Report on sanitation, dispensaries, and jails in Rajputana for 1918, and on vaccination for the year 1918-1919 - 1918-1919
Year: 1918
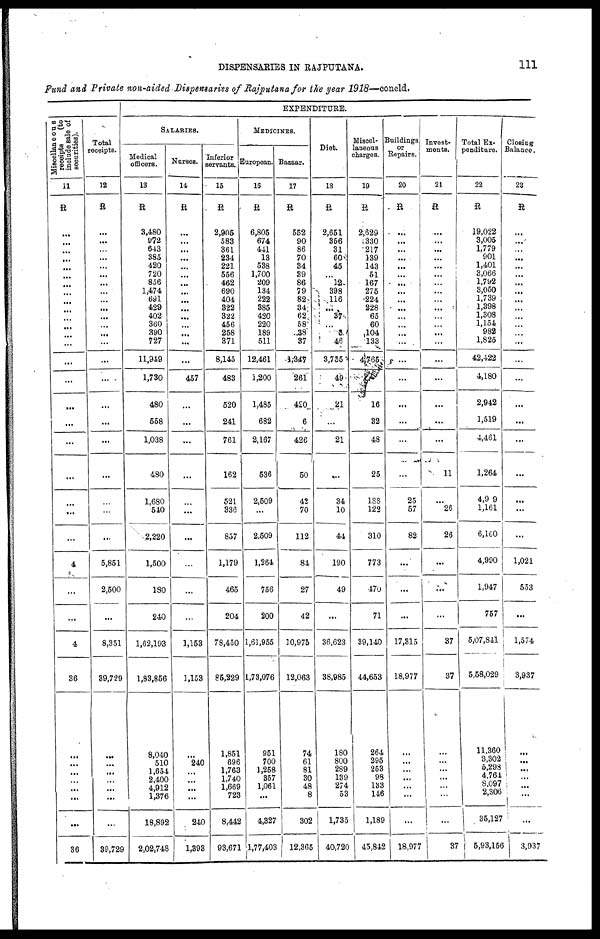
DISPENSARIES IN RAJPUTANA.
111
Fund and Private non-aided Dispensaries of Rajputana for the year 1918—concld.
Miscellaneous
receipts
(to
include sale of
securities).
11
R
...
...
...
...
...
...
...
...
...
...
...
...
...
...
...
...
...
...
...
...
...
...
...
4
...
...
4
36
...
...
...
...
...
...
...
36
Total
receipts.
12
R
...
...
...
...
...
...
...
...
...
...
...
...
...
...
...
...
...
...
...
...
...
...
...
5,851
2,500
...
8,351
39,729
...
...
...
...
...
...
...
39,729
EXPENDITURE.
SALARIES.
Medical
officers.
13
R
3,480
972
643
385
420
720
856
1,474
691
429
402
360
390
727
11,949
1,730
480
558
1,038
480
1,680
540
2,220
1,500
180
240
1,62,193
1,83,856
8,040
510
1,654
2,400
4,912
1,376
18,892
2,02,748
Nurses.
14
R
...
...
...
...
...
...
...
...
...
...
...
...
...
...
...
457
...
...
...
...
...
...
...
...
...
...
1,153
1,153
...
240
...
...
...
...
240
1,393
Inferior
servants.
15
R
2,905
583
361
234
221
556
462
690
404
322
322
456
258
371
8,145
483
520
241
761
162
521
336
857
1,179
465
204
78,450
85,229
1,851
696
1,763
1,740
1,669
723
8,442
93,671
MEDICINES.
European.
16
R
6,805
674
441
13
538
1,700
209
134
222
385
420
220
189
511
12,461
1,200
1,485
682
2,167
536
2,509
...
2,509
1,264
756
200
1,61,955
1,73,076
951
700
1,258
357
1,061
...
4,327
1,77,403
Bazaar.
17
R
552
90
86
70
34
39
86
79
82
34
62
58
38
37
1,347
261
420
6
426
50
42
70
112
84
27
42
10,975
12,063
74
61
81
30
48
8
302
12,365
Diet.
18
R
2,651
356
31
60
45
...
12
398
116
...
37
...
3
46
3,755
49
21
...
21
...
34
10
44
190
49
...
36,623
38,985
180
800
289
139
274
53
1,735
40,720
Miscel-
laneous
charges.
19
R
2,629
330
217
139
143
51
167
275
224
228
65
60
104
133
4,765
...
16
32
48
25
188
122
310
773
470
71
39,140
44,653
264
295
253
98
133
146
1,189
45,842
Buildings
or
Repairs.
20
R
...
...
...
...
...
...
...
...
...
...
...
...
...
...
...
...
...
...
...
...
25
57
82
...
...
...
17,315
18,977
...
...
...
...
...
...
...
18,977
Invest-
ments.
21
R
...
...
...
...
...
...
...
...
...
...
...
...
...
...
...
...
...
...
...
11
...
26
26
...
...
...
37
37
...
...
...
...
...
...
...
37
Total Ex-
penditure.
22
R
19,022
3,005
1,779
901
1,401
3,066
1,792
3,050
1,739
1,398
1,308
1,154
982
1,825
42,422
4,180
2,942
1,519
4,461
1,264
4,9 9
1,161
6,160
4,990
1,947
757
5,07,841
5,58,029
11,360
3,302
5,298
4,764
8,097
2,306
35,127
5,93,156
Closing
Balance.
23
R
...
...
...
...
...
...
...
...
...
...
...
...
...
...
...
...
...
...
...
...
...
...
...
1,021
553
...
1,574
3,937
...
...
...
...
...
...
...
3,937